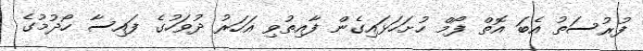
ފުރުސަތު އެބަ އޮތް ފޯމް ހުށަހަޅައިގެން ފާއިތުވި އަހަރު ދުވަހުގެ ފައިސާ ހޯދުމުގެ